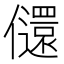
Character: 𫤇